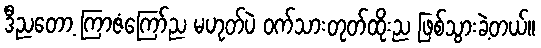
ဒီညတော့ ကြာဇံကြော်ည မဟုတ်ပဲ ဝက်သားတုတ်ထိုးည ဖြစ်သွားခဲ့တယ်။